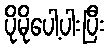
ပိုမိုပေါ့ပါးပြီး